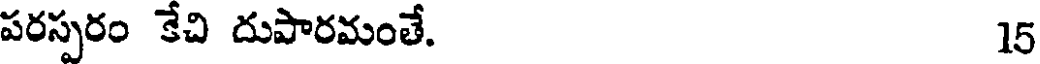
పరస్పరం కేచి దుపారమంతే. 15